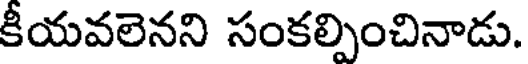
కీయవలెనని సంకల్పించినాడు.